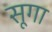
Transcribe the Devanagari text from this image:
सूगा